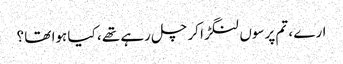
ارے ، تم پرسوں لنگڑا کر چل رہے تھے ، کیا ہوا تھا ؟